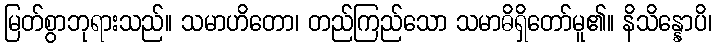
မြတ်စွာဘုရားသည်။ သမာဟိတော၊ တည်ကြည်သော သမာဓိရှိတော်မူ၏။ နိသိန္နောပိ၊